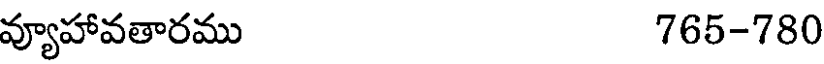
వ్యూహావతారము 765-780